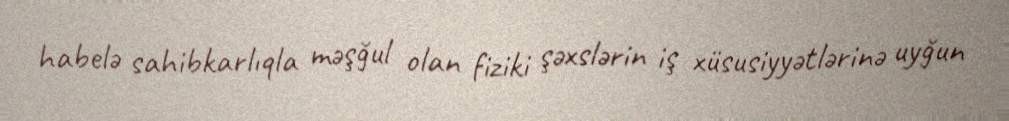
habelə sahibkarlıqla məşğul olan fiziki şəxslərin iş xüsusiyyətlərinə uyğun